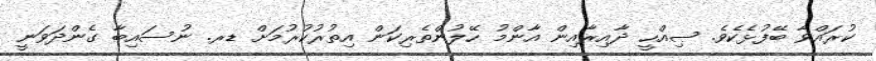
ކުރައްވާ ބޭފުޅެކެވެ. ޞިއްހީ ދާއިރާއިން އާންމު ހޭލުންތެރިކަން އިތުރުކުރުމަށް ޑރ. ނުސައިބާ ގެންދަވަނީ